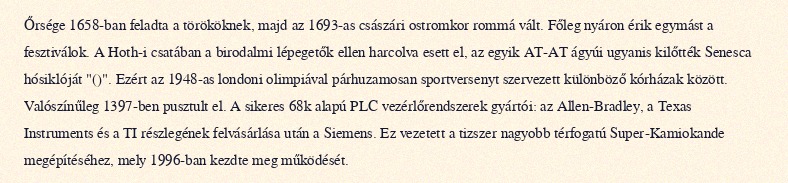
Őrsége 1658-ban feladta a törököknek, majd az 1693-as császári ostromkor rommá vált. Főleg nyáron érik egymást a fesztiválok. A Hoth-i csatában a birodalmi lépegetők ellen harcolva esett el, az egyik AT-AT ágyúi ugyanis kilőtték Senesca hósiklóját "()". Ezért az 1948-as londoni olimpiával párhuzamosan sportversenyt szervezett különböző kórházak között. Valószínűleg 1397-ben pusztult el. A sikeres 68k alapú PLC vezérlőrendszerek gyártói: az Allen-Bradley, a Texas Instruments és a TI részlegének felvásárlása után a Siemens. Ez vezetett a tizszer nagyobb térfogatú Super-Kamiokande megépítéséhez, mely 1996-ban kezdte meg működését.